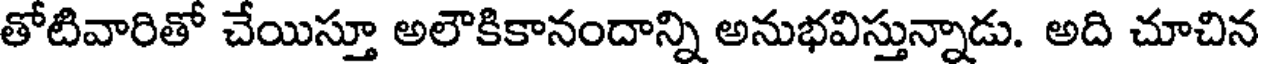
తోటివారితో చేయిస్తూ అలౌకికానందాన్ని అనుభవిస్తున్నాడు. అది చూచిన